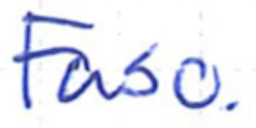
Text: Faso.
Cross-out: clean
Writing tool: ballpoint